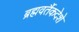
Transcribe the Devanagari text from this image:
ब्रह्मवर्तैकदेशे